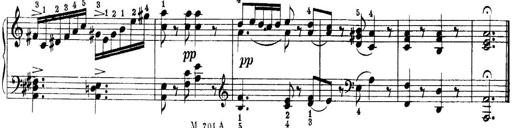
Title: Quatres sonatines
Composer: Tadeusz Joteyko